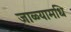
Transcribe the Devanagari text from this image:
जाळ्यामधि